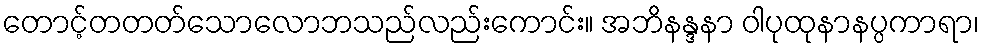
တောင့်တတတ်သောလောဘသည်လည်းကောင်း။ အဘိနန္ဒနာ ဝါပုထုနာနပ္ပကာရာ၊